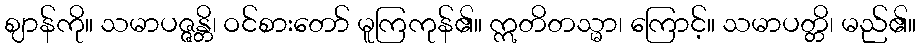
ဈာန်ကို။ သမာပဇ္ဇန္တိ၊ ဝင်စားတော် မူကြကုန်၏။ ဣတိတသ္မာ၊ ကြောင့်။ သမာပတ္တိ၊ မည်၏။